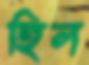
হিল